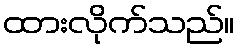
ထားလိုက်သည်။